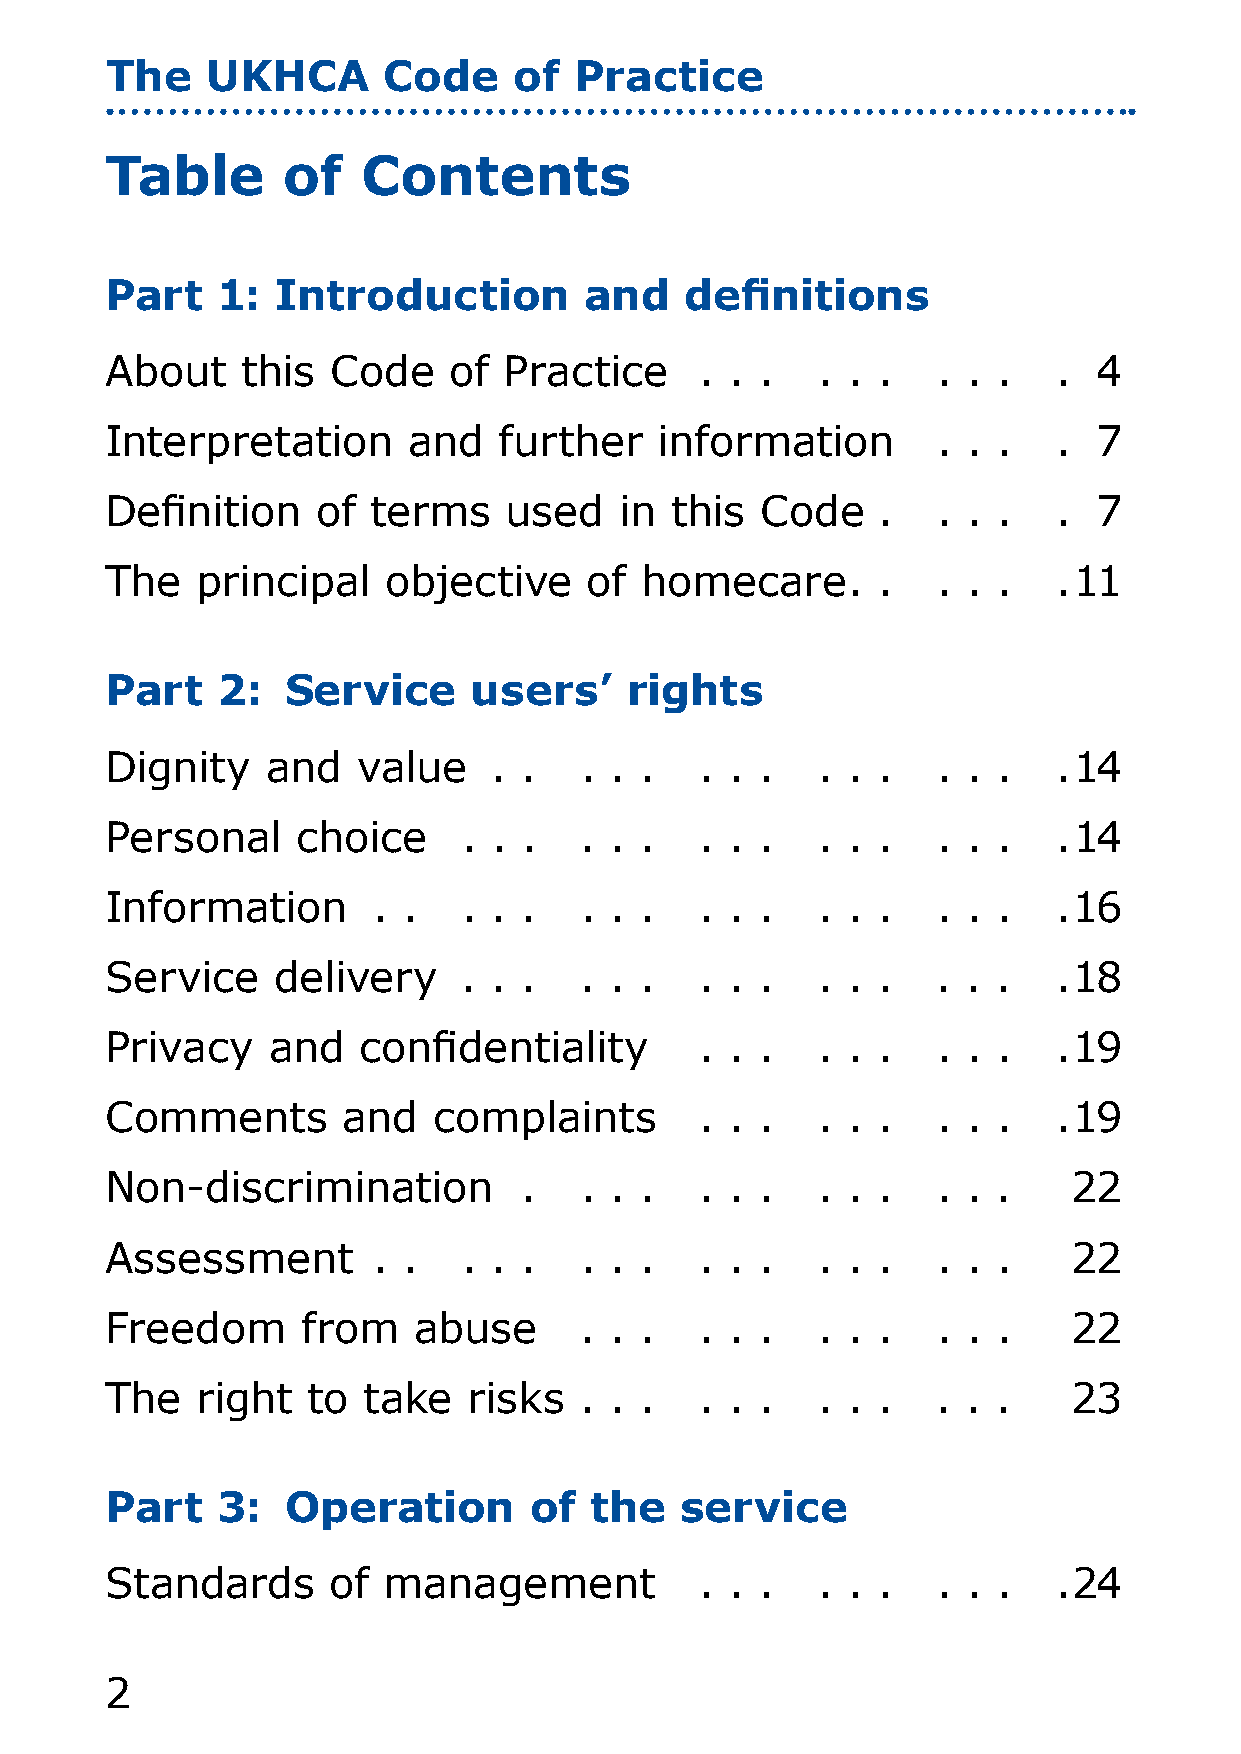
The    UKHCA      Code     of  Practice
 Table       of   Contents
 Part   1:  Introduction         and   definitions
 About    this  Code    of Practice     . . .   . . .   . . .   .  4
 Interpretation      and   further    information       . . .   .  7
 Definition    of  terms    used   in this  Code    .   . . .   .  7
 The   principal    objective    of homecare.       .   . . .   .11
 Part   2:   Service     users’    rights
 Dignity    and   value    . .  . . .   . . .   . . .   . . .   .14
 Personal     choice     . . .  . . .   . . .   . . .   . . .   .14
 Information       . .   . . .  . . .   . . .   . . .   . . .   .16
 Service    delivery     . . .  . . .   . . .   . . .   . . .   .18
 Privacy    and   confidentiality       . . .   . . .   . . .   .19
 Comments        and   complaints       . . .   . . .   . . .   .19
 Non-discrimination         .   . . .   . . .   . . .   . . .    
 Assessment        . .   . . .  . . .   . . .   . . .   . . .    
 Freedom      from   abuse      . . .   . . .   . . .   . . .    
 The   right  to  take   risks  . . .   . . .   . . .   . . .    3
 Part   3:   Operation       of  the   service
 Standards      of management           . . .   . . .   . . .   .4
 